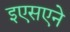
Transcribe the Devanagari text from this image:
इएसएने